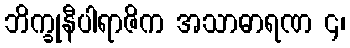
ဘိက္ခုနီပါရာဇိက အသာဓာရဏ ၄၊